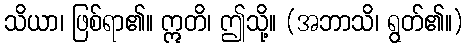
သိယာ၊ ဖြစ်ရာ၏။ ဣတိ၊ ဤသို့။ (အဘာသိ၊ ရွတ်၏။)